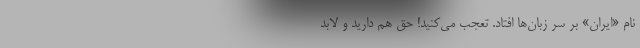
نام «ایران» بر سر زبان‌ها افتاد. تعجب می‌کنید! حق هم دارید و لابد